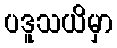
ပဒူသယိမှာ